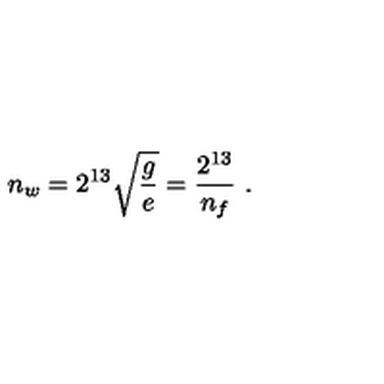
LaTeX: n _ { w } = 2 ^ { 1 3 } \sqrt { \frac { g } { e } } = { \frac { 2 ^ { 1 3 } } { n _ { f } } } \ .